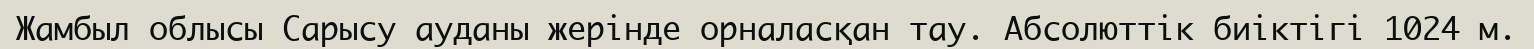
Жамбыл облысы Сарысу ауданы жерінде орналасқан тау. Абсолюттік биіктігі 1024 м.